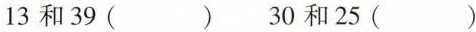
13和39（） 30和25（）